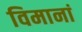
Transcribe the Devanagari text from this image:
विमानां